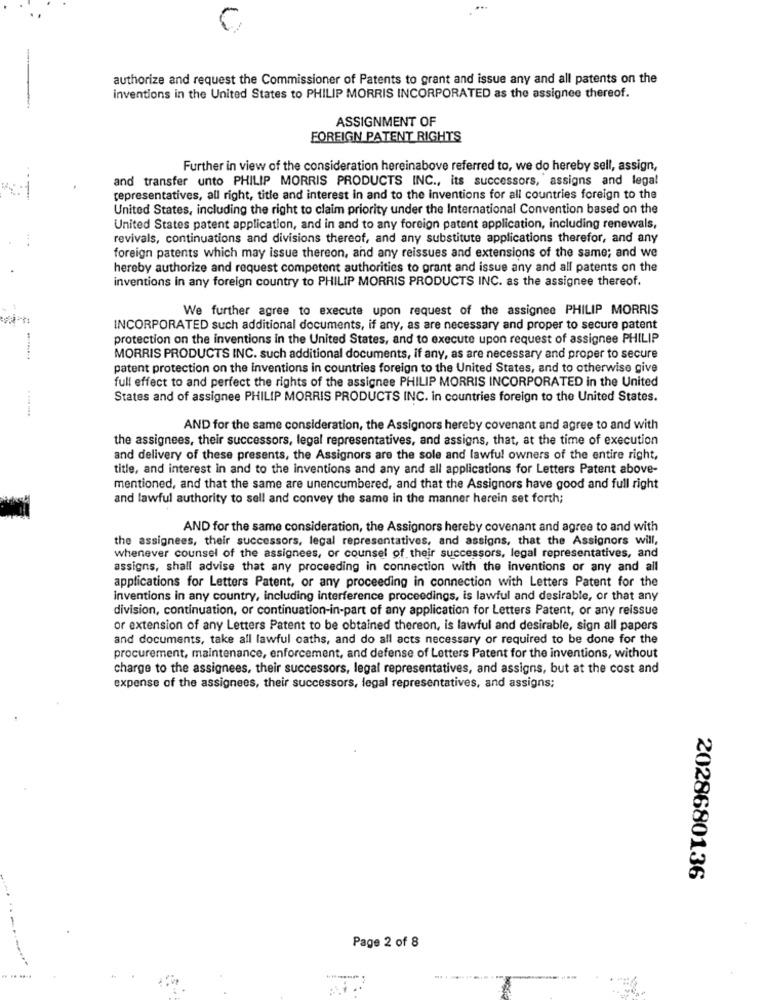
authorize and request the Commissioner of Patents to grant and issue any and all patents on the
inventions in the United States to PHILIP MORRIS INCORPORATED as the assignee thereof.
ASSIGNMENT OF
FOREIGN PATENT RIGHTS
Further in view of the consideration hereinabove referred to, we do hereby sell, assign,
and transfer unto PHILIP MORRIS PRODUCTS INC ., its successors, assigns and legal
representatives, all right, title and interest in and to the inventions for all countries foreign to the
United States, including the right to claim priority under the International Convention based on the
United States patent application, and in and to any foreign patent application, including renewals,
revivals, continuations and divisions thereof, and any substitute applications therefor, and any
foreign patents which may issue thereon, and any reissues and extensions of the same; and we
hereby authorize and request competent authorities to grant and issue any and all patents on the
inventions in any foreign country to PHILIP MORRIS PRODUCTS INC. as the assignee thereof.
We further agree to execute upon request of the assignee PHILIP MORRIS
INCORPORATED such additional documents, if any, as are necessary and proper to secure patent
protection on the inventions in the United States, and to execute upon request of assignee PHILIP
MORRIS PRODUCTS INC. such additional documents, if any, as are necessary and proper to secure
patent protection on the inventions in countries foreign to the United States, and to otherwise give
full effect to and perfect the rights of the assignee PHILIP MORRIS INCORPORATED in the United
States and of assignee PHILIP MORRIS PRODUCTS INC. in countries foreign to the United States.
AND for the same consideration, the Assignors hereby covenant and agree to and with
the assignees, their successors, legal representatives, and assigns, that, at the time of execution
and delivery of these presents, the Assignors are the sole and lawful owners of the entire right,
title, and interest in and to the inventions and any and all applications for Letters Patent above-
mentioned, and that the same are unencumbered, and that the Assignors have good and full right
and lawful authority to sell and convey the same in the manner herein set forth;
AND for the same consideration, the Assignors hereby covenant and agree to and with
the assignees, their successors, legal representatives, and assigns, that the Assignors will,
whenever counsel of the assignees, or counsel of their successors, legal representatives, and
assigns, shall advise that any proceeding in connection with the inventions or any and all
applications for Letters Patent, or any proceeding in connection with Letters Patent for the
Inventions in any country, including interference proceedings, is lawful and desirable, or that any
division, continuation, or continuation-in-part of any application for Letters Patent, or any reissue
or extension of any Letters Patent to be obtained thereon, is lawful and desirable, sign all papers
and documents, take all lawful caths, and do all acts necessary or required to be done for the
procurement, maintenance, enforcement, and defense of Letters Patent for the inventions, without
charge to the assignees, their successors, legal representatives, and assigns, but at the cost and
expense of the assignees, their successors, legal representatives, and assigns;
2028680136
Page 2 of 8
-----....